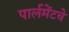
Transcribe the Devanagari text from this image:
पार्लमेंटचे